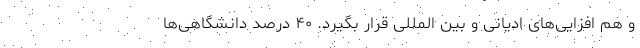
و هم افزایی‌های ادیانی و بین المللی قرار بگیرد. ۴۰ درصد دانشگاهی‌ها